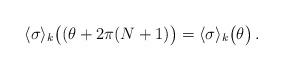
LaTeX: \begin{align*}\langle\sigma\rangle_{k}\bigl((\theta + 2\pi (N+1)\bigr) = \langle\sigma\rangle_{k}\bigl( \theta\bigr)\, .\end{align*}